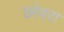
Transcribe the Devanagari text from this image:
छोवरा